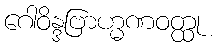
ဂေါဝိန္ဒဗြာဟ္မဏဝတ္ထု